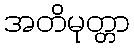
အတိမုတ္တာ